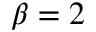
\beta = 2